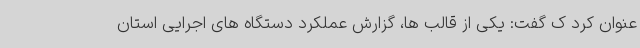
عنوان کرد ک گفت: یکی از قالب ها، گزارش عملکرد دستگاه های اجرایی استان